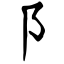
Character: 阝